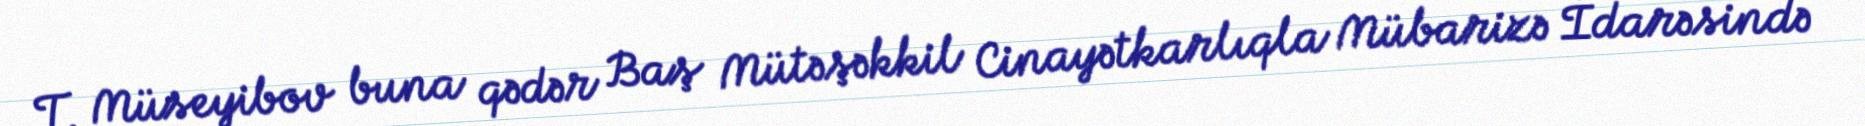
T. Müseyibov buna qədər Baş Mütəşəkkil Cinayətkarlıqla Mübarizə İdarəsində